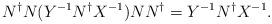
LaTeX: \begin{align*}N^{\dagger}N(Y^{-1}N^{\dagger}X^{-1})NN^{\dagger}=Y^{-1}N^{\dagger}X^{-1}.\end{align*}